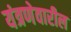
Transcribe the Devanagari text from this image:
यंत्रणेवारील